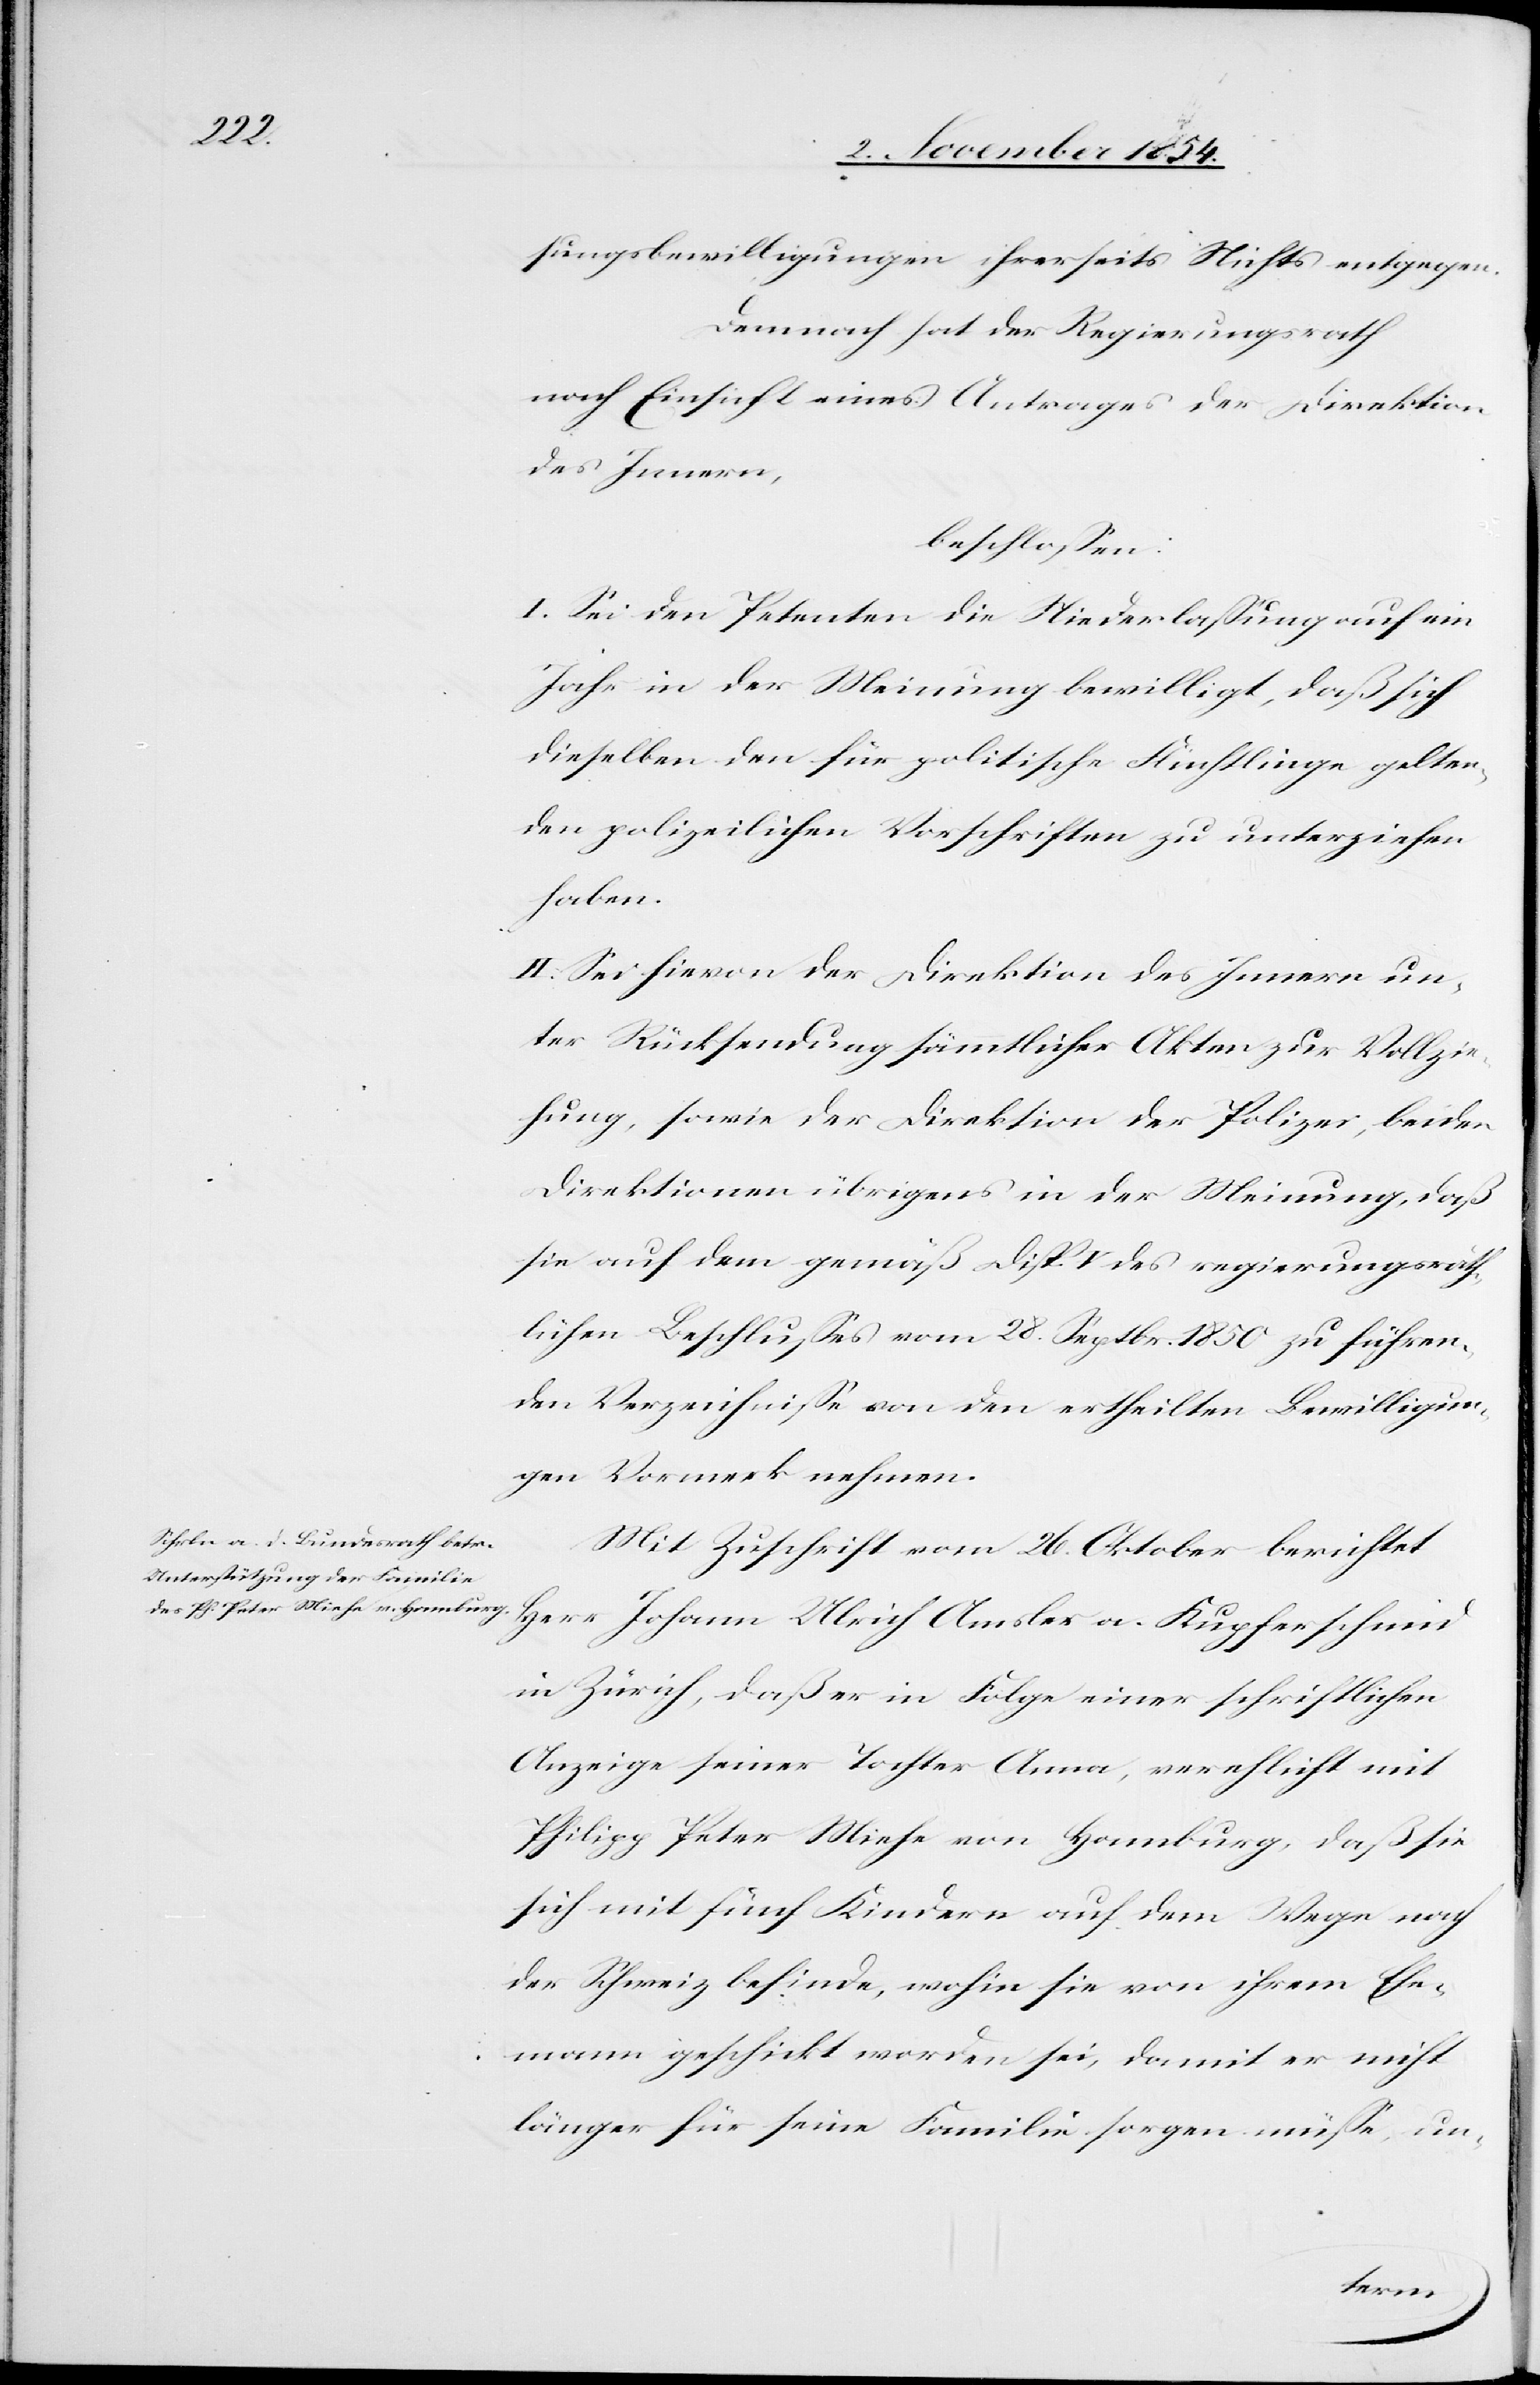
sungsbewilligungen ihrerseits Nichts entgegen.
Demnach hat der Regierungsrath
nach Einsicht eines Antrages der Direktion
des Innern,
beschloßen:
I. Sei den Petenten die Niederlaßung auf ein
Jahr in der Meinung bewilligt, daß sich
dieselben den für politische Flüchtlinge gelten¬
den polizeilichen Vorschriften zu unterziehen
haben.
II. Sei hievon der Direktion des Innern un¬
ter Rücksendung sämmtlicher Akten zur Vollzie¬
hung, sowie der Direktion der Polizei, beiden
Direktionen übrigens in der Meinung, daß
sie auf dem gemäß Disp. V des regierungsräth¬
lichen Beschlußes vom 28. Septbr. 1850 zu führen¬
den Verzeichniße von den ertheilten Bewilligun¬
gen Vormerk nehmen.
Mit Zuschrift vom 26. Oktober berichtet
Herr Johann Ulrich Amsler a. Kupferschmid
in Zürich, daß er in Folge einer schriftlichen
Anzeige seiner Tochter Anna, verehelicht mit
Philipp Peter Miehe von Hamburg, daß sie
sich mit fünf Kindern auf dem Wege nach
der Schweiz befinde, wohin sie von ihrem Ehe¬
mann geschickt worden sei, damit er nicht
länger für seine Familie sorgen müße, un-